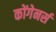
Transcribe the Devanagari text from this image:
कोंगेनर्स